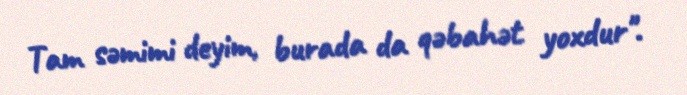
Tam səmimi deyim, burada da qəbahət yoxdur".